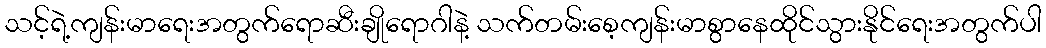
သင့်ရဲ့ကျန်းမာရေးအတွက်ရောဆီးချိုရောဂါနဲ့ သက်တမ်းစေ့ကျန်းမာစွာနေထိုင်သွားနိုင်ရေးအတွက်ပါ